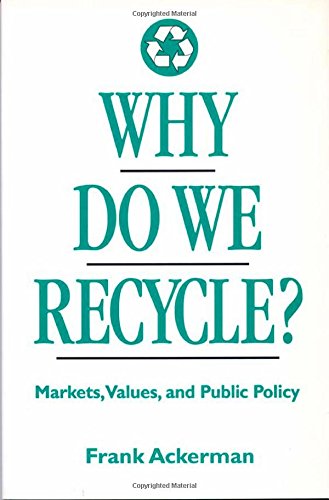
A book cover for Why Do We Recycle?: Markets, Values, and Public Policy; Frank Ackerman; Science & Math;